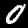
Digit: 0